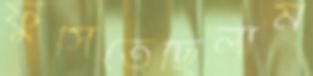
ফুঁসিতেছিলাম